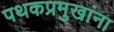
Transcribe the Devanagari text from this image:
पथकप्रमुखांना